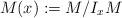
LaTeX: \begin{align*}M(x):=M/I_{x}M\end{align*}